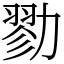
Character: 勠